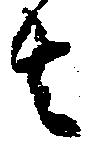
者